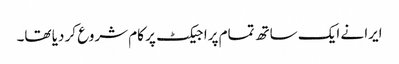
ایرا نے ایک ساتھ تمام پراجیکٹ پر کام شروع کر دیا تھا۔